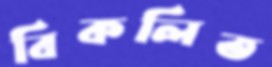
বিকলিত